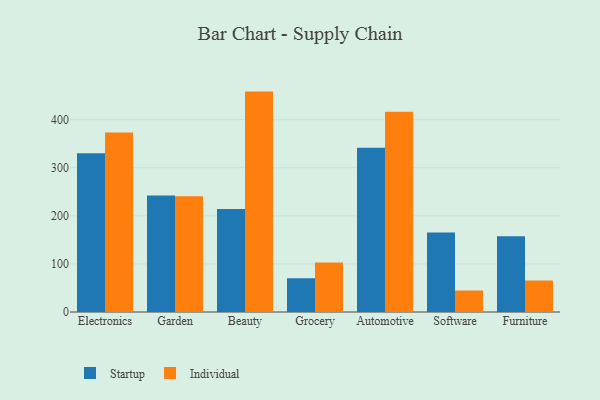
{"axis": {"x": "Category", "y": "Satisfaction Score"}, "legend": ["Individual", "Startup"], "data": [{"x": "Electronics", "y": 330.2, "type": "Startup"}, {"x": "Electronics", "y": 373.4, "type": "Individual"}, {"x": "Garden", "y": 242.2, "type": "Startup"}, {"x": "Garden", "y": 240.8, "type": "Individual"}, {"x": "Beauty", "y": 214.3, "type": "Startup"}, {"x": "Beauty", "y": 458.4, "type": "Individual"}, {"x": "Grocery", "y": 70.2, "type": "Startup"}, {"x": "Grocery", "y": 103.1, "type": "Individual"}, {"x": "Automotive", "y": 341.6, "type": "Startup"}, {"x": "Automotive", "y": 416.6, "type": "Individual"}, {"x": "Software", "y": 165.5, "type": "Startup"}, {"x": "Software", "y": 44.7, "type": "Individual"}, {"x": "Furniture", "y": 157.5, "type": "Startup"}, {"x": "Furniture", "y": 65.5, "type": "Individual"}]}